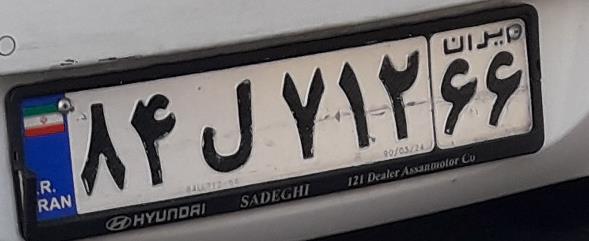
۸۴ل۷۱۲۶۶